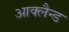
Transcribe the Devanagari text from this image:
आक्लैन्ड